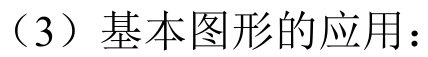
（3）基本图形的应用：